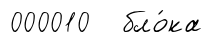
000010 бло́ка